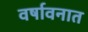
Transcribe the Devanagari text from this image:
वर्षावनात